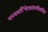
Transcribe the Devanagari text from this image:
मध्यवर्तीचेतासंस्थीमधील